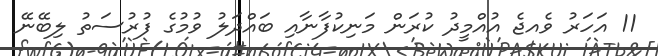
11 އަހަރު ވެއޖެ އުއްމީދު ކުރަން މަނިކުފާނާއި ބައްދަލު ވުމުގެ ފުރުސަތު ލިބޭނޭ